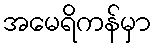
အမေရိကန်မှာ